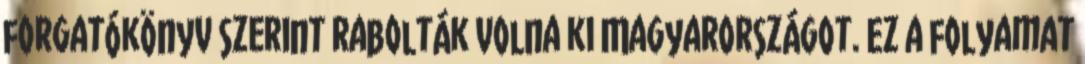
forgatókönyv szerint rabolták volna ki Magyarországot. Ez a folyamat